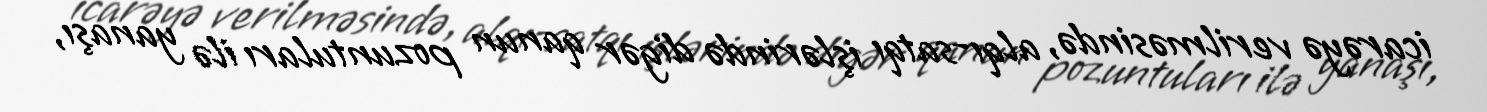
icarəyə verilməsində, alqı-satqı işlərində digər qanun pozuntuları ilə yanaşı,